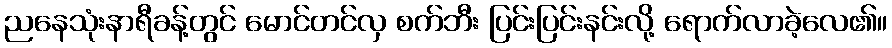
ညနေသုံးနာရီခန့်တွင် မောင်တင်လှ စက်ဘီး ပြင်းပြင်းနင်းလို့ ရောက်လာခဲ့လေ၏။